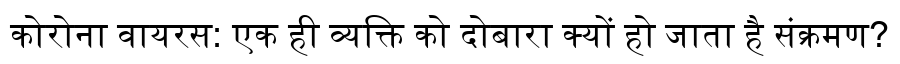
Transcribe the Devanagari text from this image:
कोरोना वायरस: एक ही व्यक्ति को दोबारा क्यों हो जाता है संक्रमण?